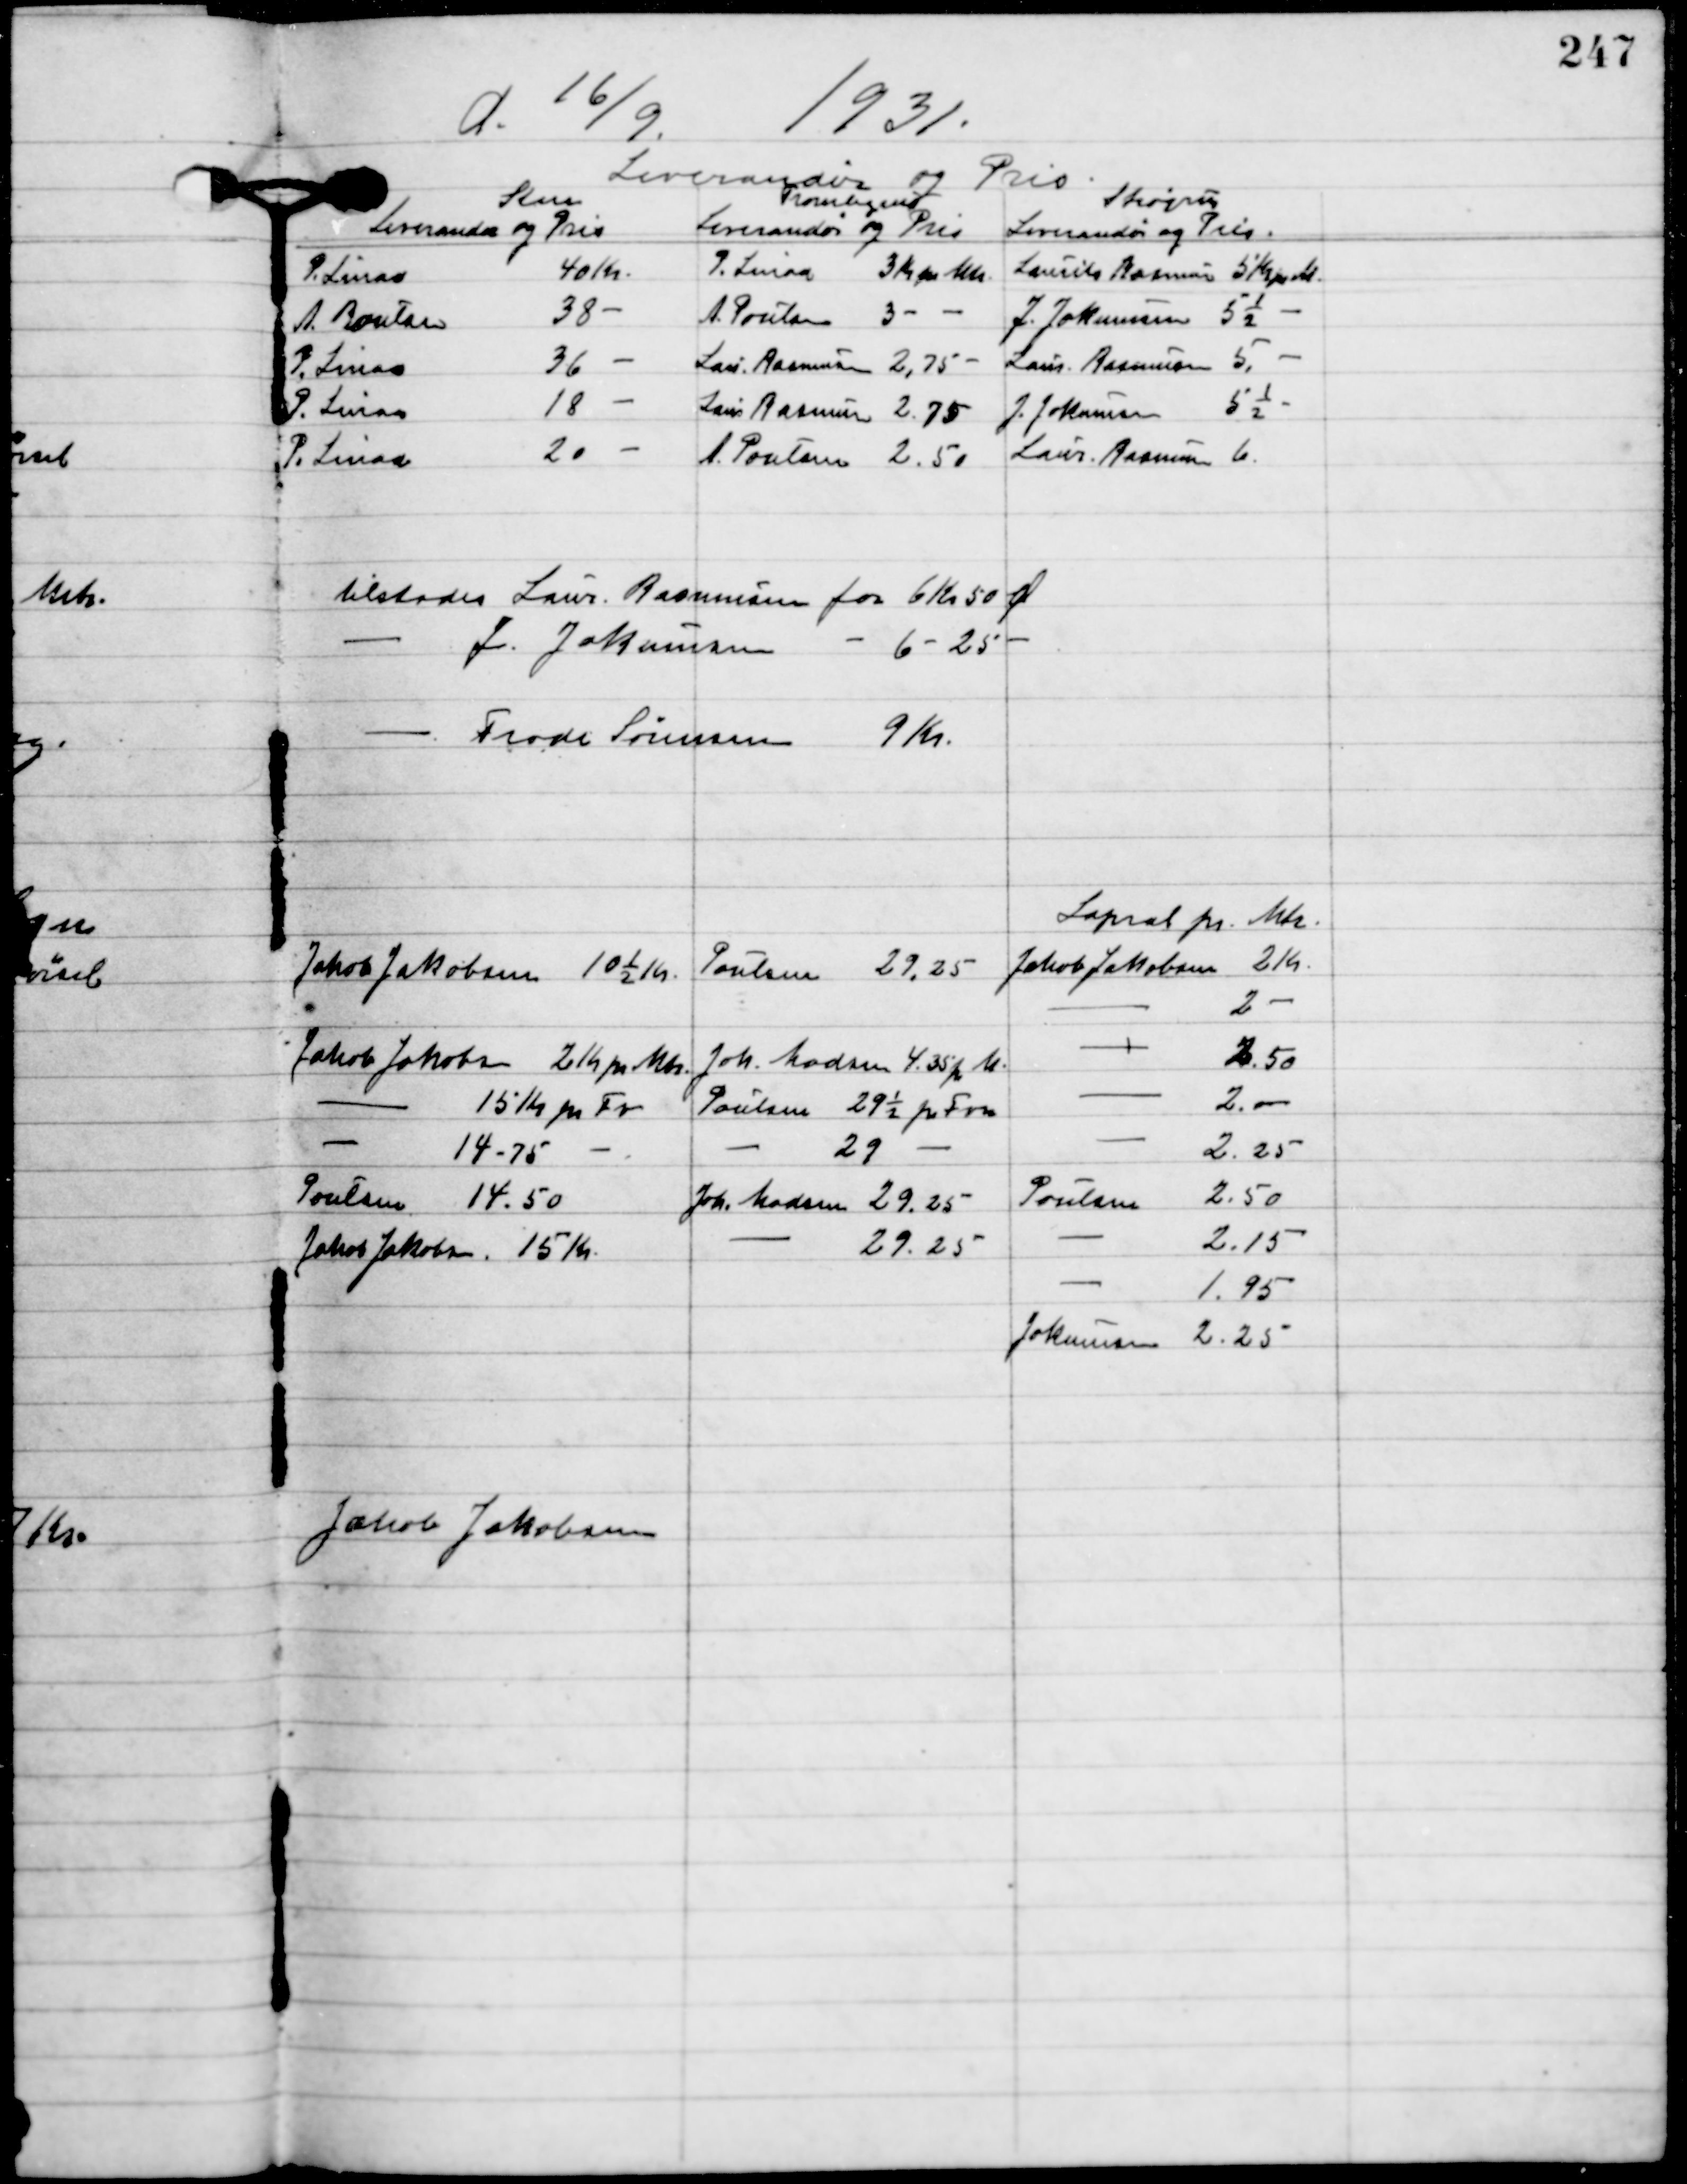
Transskription:
d. 19/9 1931.

tilstodes Laur. Rasmusen for 6 Kr. 50 Ø
J. Jokumsen - 6 - 25 - 
Frode Sørensen 9 Kr.

Jakob Jakobsen